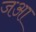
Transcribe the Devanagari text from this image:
जआ